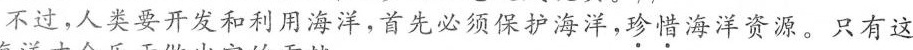
不过，人类要开发和利用海洋，首先必须保护海洋，珍惜海洋资源。只有这